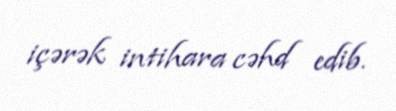
içərək intihara cəhd edib.